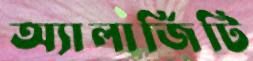
অ্যালার্জিটি